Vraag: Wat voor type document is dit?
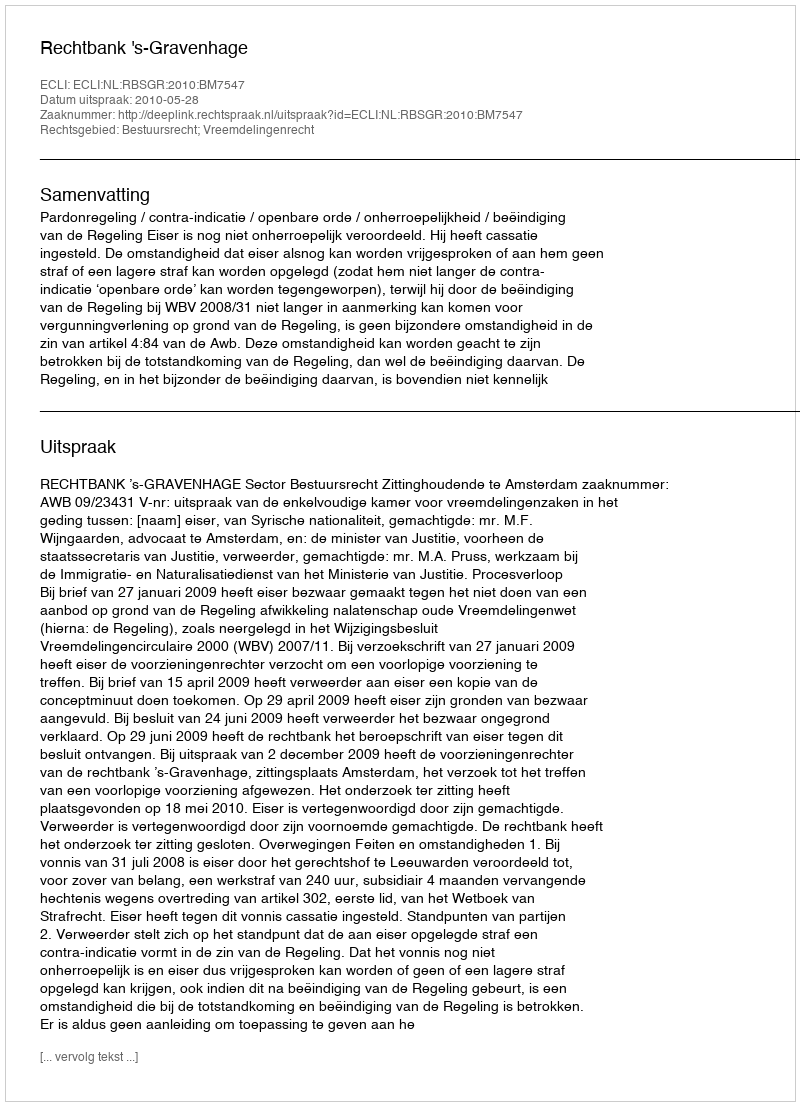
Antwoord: Uitspraak